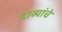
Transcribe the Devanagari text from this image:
दाव्यांचे